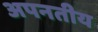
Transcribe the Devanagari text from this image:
अपनतीय